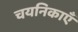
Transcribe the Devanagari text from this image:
चयनिकाएँ